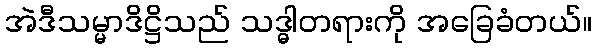
အဲဒီသမ္မာဒိဋ္ဌိသည် သဒ္ဓါတရားကို အခြေခံတယ်။